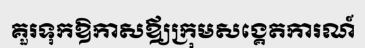
គួរទុកឱកាសឪ្យក្រុមសង្គេតការណ៍